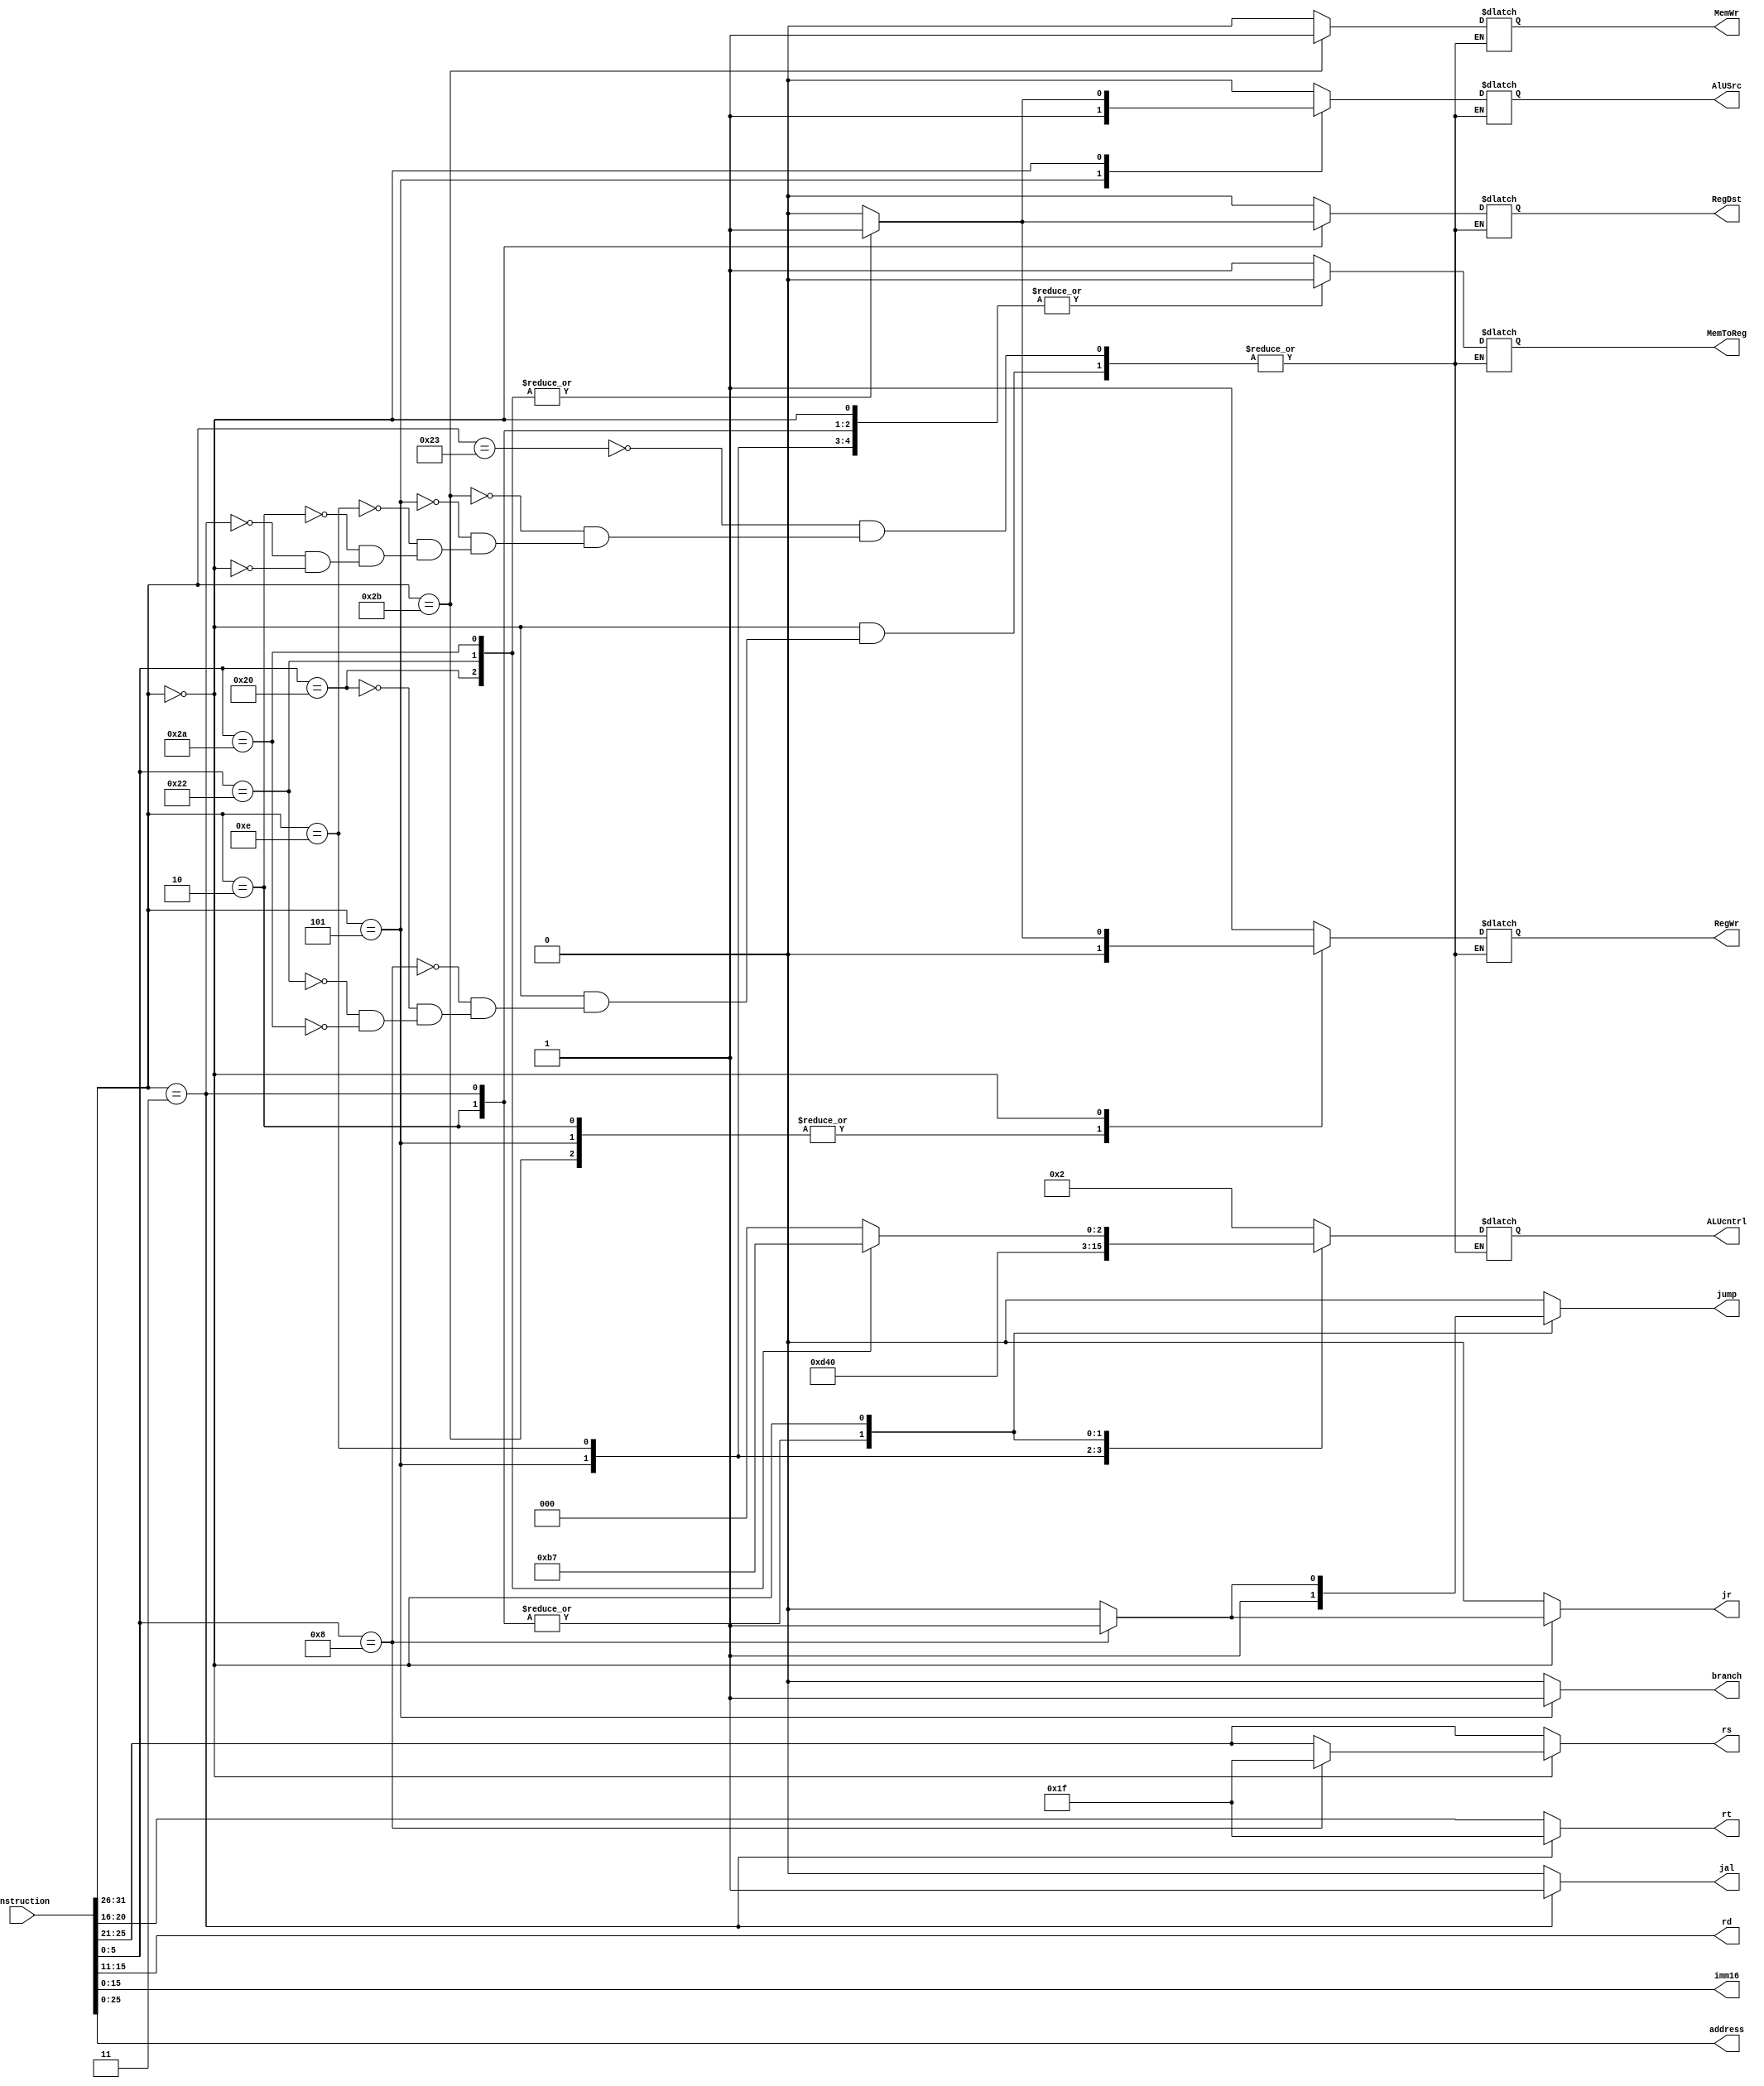
module instructiondecoder
(
	input [31:0] 		instruction,
	output reg			RegDst, // 0 = rt(i-type), 1 = rd(r-type)
	output reg			RegWr,
	output reg			AlUSrc, // 0= imm, 1=reg
	output reg			MemWr,
	output reg 			MemToReg, // 0 = ALU, 1 = mem
	output reg [3:0]	ALUcntrl,
	output reg [4:0]	rs,
	output reg [4:0]	rt,
	output reg [4:0]	rd,
	output reg [15:0]	imm16,
	output reg [25:0]	address,
	output reg 			branch,
	output reg 			jump,
	output reg 			jr,
	output reg 			jal
);

	parameter 	LW 		= 6'd35, // I-type OP codes
				SW 		= 6'd43,
				BNE 	= 6'd05,
				XORI	= 6'd14,

				J 		= 6'd02, // J-type OP codes
				JAL 	= 6'd03,

				R_TYPE 	= 6'd00, // R-type OP code

				JR 		= 6'd08, // R-type function codes
				ADD 	= 6'd32,
				SUB 	= 6'd34,
				SLT 	= 6'd42,

				ALU_AND	= 4'd00, // ALU cntrl
				ALU_OR	= 4'd01,
				ALU_ADD = 4'd02,
				ALU_SUB = 4'd06,
				ALU_SLT = 4'd07,
				ALU_XOR = 4'd10,
				ALU_NAND= 4'd11,
				ALU_NOR = 4'd12;


	reg [5:0] opcode, funct;

	always @(instruction) begin

		opcode 	= instruction[31:26];
		rs 		= instruction[25:21];
		rt 		= instruction[20:16];
		rd 		= instruction[15:11];
		funct 	= instruction[5:0];
		imm16	= instruction[15:0];
		address = instruction[25:0];
		branch	= 0;
		jump	= 0;
		jr 		= 0;
		jal 	= 0;


		case(opcode)
			LW: begin
				RegDst = 0;
				RegWr = 1;
				AlUSrc = 0;
				MemWr = 0;
				MemToReg = 1;
				ALUcntrl = ALU_ADD;
			end

			SW: begin
				RegDst = 0;//1'bx;
				RegWr = 0;
				AlUSrc = 0;
				MemWr = 1;
				MemToReg = 1;
				ALUcntrl = ALU_ADD;
			end

			BNE: begin
				RegDst = 0;//1'bx;
				RegWr = 0;
				AlUSrc = 1;
				MemWr = 0;
				MemToReg = 0;
				ALUcntrl = ALU_SUB;
				branch = 1;
			end

			XORI: begin
				RegDst = 0;
				RegWr = 1;
				AlUSrc = 0;
				MemWr = 0;
				MemToReg = 0;
				ALUcntrl = ALU_XOR;
			end

			J: begin
				RegDst = 0;//1'bx;
				RegWr = 0;//1'bx;
				AlUSrc = 0;//1'bx;
				MemWr = 0;
				MemToReg = 0;
				ALUcntrl = 4'b0;//4'bx;
				jump = 1;
			end

			JAL: begin
				RegDst = 0;
				RegWr = 1;
				AlUSrc = 0;//1'bx;
				MemWr = 0;
				MemToReg = 0;//1'bx;
				ALUcntrl = 4'b0;//4'bx;
				jump = 1;
				jal = 1;
				rt = 5'd31;
			end

			R_TYPE: begin
				case(funct)
					JR: begin
						RegDst = 0;//1'bx;
						RegWr = 0;//1'bx;
						AlUSrc = 0;//1'bx;
						MemWr = 0;
						MemToReg = 0;
						ALUcntrl = 4'b0;//4'bx;
						jump = 1;
						jr = 1;
						rs = 5'd31;
					end

					ADD: begin
						RegDst = 1;
						RegWr = 1;
						AlUSrc = 1;
						MemWr = 0;
						MemToReg = 0;
						ALUcntrl = ALU_ADD;
					end

					SUB: begin
						RegDst = 1;
						RegWr = 1;
						AlUSrc = 1;
						MemWr = 0;
						MemToReg = 0;
						ALUcntrl = ALU_SUB;
					end

					SLT: begin
						RegDst = 1;
						RegWr = 1;
						AlUSrc = 1;
						MemWr = 0;
						MemToReg = 0;
						ALUcntrl = ALU_SLT;
					end
				endcase
			end
		endcase
	end

endmodule